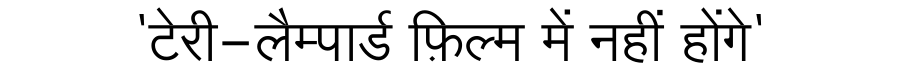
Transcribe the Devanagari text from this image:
'टेरी-लैम्पार्ड फ़िल्म में नहीं होंगे'